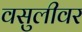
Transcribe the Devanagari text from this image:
वसुलीवर